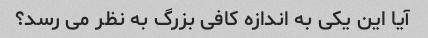
آیا این یکی به اندازه کافی بزرگ به نظر می رسد؟